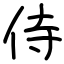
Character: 侍